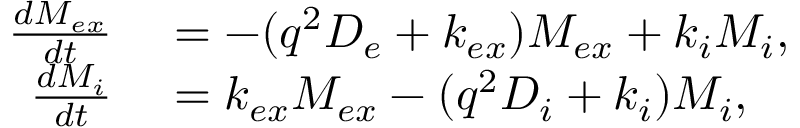
\begin{array} { r l } { \frac { d M _ { e x } } { d t } } & { { } = - ( q ^ { 2 } D _ { e } + k _ { e x } ) M _ { e x } + k _ { i } M _ { i } , } \\ { \frac { d M _ { i } } { d t } } & { { } = k _ { e x } M _ { e x } - ( q ^ { 2 } D _ { i } + k _ { i } ) M _ { i } , } \end{array}